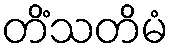
တိံသတိမံ